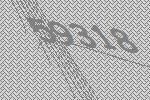
59318